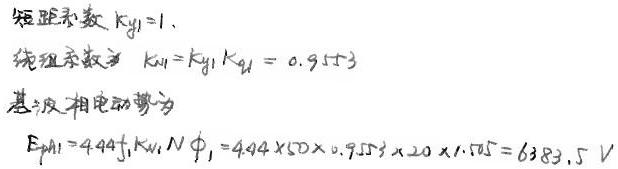
短距系数 $k_{y1}=1,$
绕组系数 $k_{w1}=k_{y1}k_{q1}=0.9153$
基波相电动势为
$E_{ph1}=4.44f_{1}k_{w1}N\varPhi _{1}=4.44\times 50\times 0.9153\times 20\times 1.575 = 6383.5\ V$